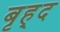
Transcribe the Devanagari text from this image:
बृह्द